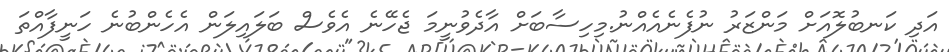
އަދި ކަނބުލޮއަށް މަންޒަރު ނުފެނެއެއްނު.މިހިސާބަށް އާދެވުނީމަ ޖެހޭނެ އެވެސް ބަލައިލަން އެހެންބުނެ ހަނީފާއްތަ